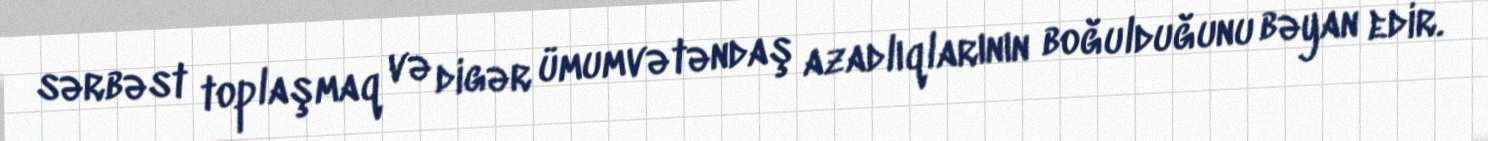
sərbəst toplaşmaq və digər ümumvətəndaş azadlıqlarının boğulduğunu bəyan edir.